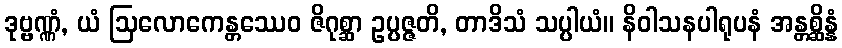
ဒုဗ္ဗဏ္ဏံ, ယံ ဩလောကေန္တဿေဝ ဇိဂုစ္ဆာ ဥပ္ပဇ္ဇတိ, တာဒိသံ သပ္ပါယံ။ နိဝါသနပါရုပနံ အန္တစ္ဆိန္နံ